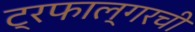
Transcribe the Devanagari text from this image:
ट्रफाल्गरची